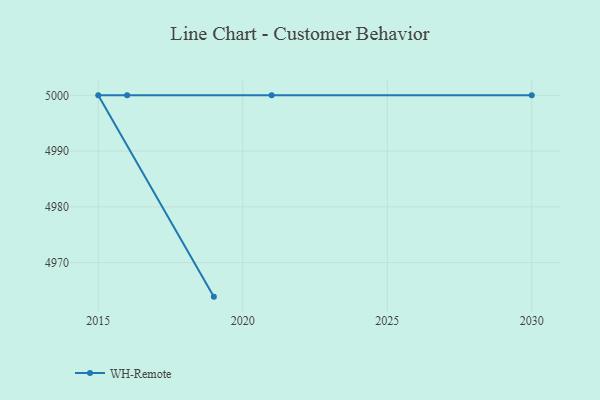
{"axis": {"x": "Year", "y": "Temperature (°C)"}, "legend": ["WH-Remote"], "data": [{"x": "2019", "y": 4963.9, "type": "WH-Remote"}, {"x": "2015", "y": 5000, "type": "WH-Remote"}, {"x": "2016", "y": 5000, "type": "WH-Remote"}, {"x": "2030", "y": 5000, "type": "WH-Remote"}, {"x": "2021", "y": 5000, "type": "WH-Remote"}]}